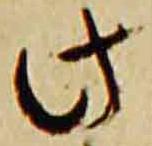
此